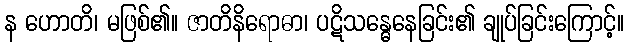
န ဟောတိ၊ မဖြစ်၏။ ဇာတိနိရောဓာ၊ ပဋိသန္ဓေနေခြင်း၏ ချုပ်ခြင်းကြောင့်။